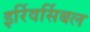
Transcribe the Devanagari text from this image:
इर्रिवर्सिबल